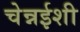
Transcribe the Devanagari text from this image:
चेन्नईशी